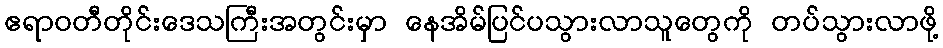
ဧရာဝတီတိုင်းဒေသကြီးအတွင်းမှာ နေအိမ်ပြင်ပသွားလာသူတွေကို တပ်သွားလာဖို့